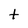
Character: t